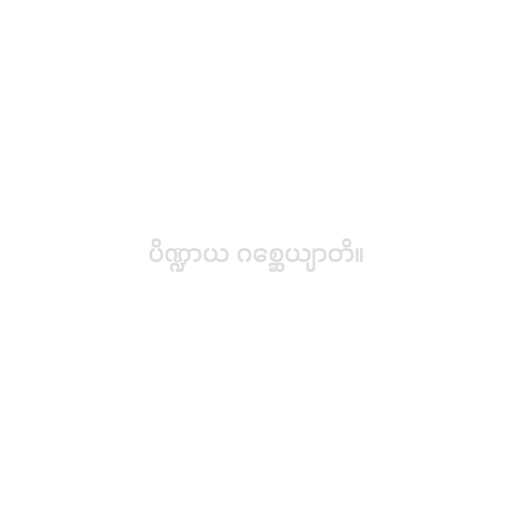
ပိဏ္ဍာယ ဂစ္ဆေယျာတိ။